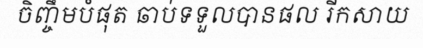
ចិញ្ចឹមបំផុត ឆាប់ទទួលបានផល រីកសាយ